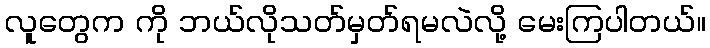
လူတွေက ကို ဘယ်လိုသတ်မှတ်ရမလဲလို့ မေးကြပါတယ်။